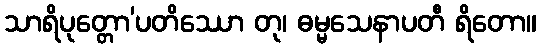
သာရိပုတ္တော’ပတိဿော တု၊ ဓမ္မသေနာပတီ ရိတော။